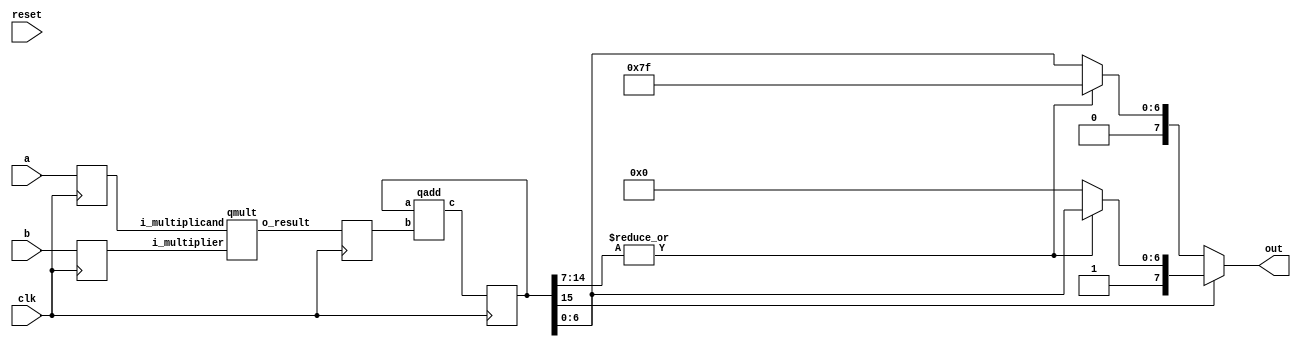
`define DWIDTH 8
`define DESIGN_SIZE 32
`define LOG2_DESIGN_SIZE 5
`define MAT_MUL_SIZE 32
`define MASK_WIDTH 32
`define LOG2_MAT_MUL_SIZE 5
`define AWIDTH 10
`define NUM_CYCLES_IN_MAC 3
`define MEM_ACCESS_LATENCY 1
`define REG_DATAWIDTH 32
`define REG_ADDRWIDTH 8
`define ADDR_STRIDE_WIDTH 16
`define MAX_BITS_POOL 3
`define REG_ENABLES_ADDR 32'h0
`define REG_STDN_TPU_ADDR 32'h4
`define REG_MEAN_ADDR 32'h8
`define REG_INV_VAR_ADDR 32'hA
`define REG_MATRIX_A_ADDR 32'he
`define REG_MATRIX_B_ADDR 32'h12
`define REG_MATRIX_C_ADDR 32'h16
`define REG_ACCUM_ACTIONS_ADDR 32'h24
`define REG_MATRIX_A_STRIDE_ADDR 32'h28
`define REG_MATRIX_B_STRIDE_ADDR 32'h32
`define REG_MATRIX_C_STRIDE_ADDR 32'h36
`define REG_ACTIVATION_CSR_ADDR 32'h3A
`define REG_POOL_WINDOW_ADDR 32'h3E
`define REG_CONV_PARAMS_1_ADDR 32'h40
`define REG_CONV_PARAMS_2_ADDR 32'h44
`define REG_CONV_PARAMS_3_ADDR 32'h48
`define REG_CONV_PARAMS_4_ADDR 32'h4C
`define REG_BATCH_SIZE_ADDR 32'h50
`define REG_VALID_MASK_A_ROWS_ADDR 32'h20
`define REG_VALID_MASK_A_COLS_ADDR 32'h54
`define REG_VALID_MASK_B_ROWS_ADDR 32'h5c
`define REG_VALID_MASK_B_COLS_ADDR 32'h58
//This used to be a normal signal, but changing it to a `define.
`define final_mat_mul_size 32
`define SIMULATION
`define IDLE     2'b00
`define W_ENABLE  2'b01
`define R_ENABLE  2'b10
`define STATE_INIT         4'b0000
`define STATE_MATMUL       4'b0001
`define STATE_NORM         4'b0010
`define STATE_POOL         4'b0011
`define STATE_ACTIVATION   4'b0100
`define STATE_DONE         4'b0101

module seq_mac(a, b, out, reset, clk);
input [`DWIDTH-1:0] a;
input [`DWIDTH-1:0] b;
input reset;
input clk;
output [`DWIDTH-1:0] out;

reg [2*`DWIDTH-1:0] out_temp;
wire [`DWIDTH-1:0] mul_out;
wire [2*`DWIDTH-1:0] add_out;

reg [`DWIDTH-1:0] a_flopped;
reg [`DWIDTH-1:0] b_flopped;

wire [2*`DWIDTH-1:0] mul_out_temp;
reg [2*`DWIDTH-1:0] mul_out_temp_reg;

always @(posedge clk) begin
    a_flopped <= a;
    b_flopped <= b;
end

//assign mul_out = a * b;
qmult mult_u1(.i_multiplicand(a_flopped), .i_multiplier(b_flopped), .o_result(mul_out_temp));

always @(posedge clk) begin
    mul_out_temp_reg <= mul_out_temp;
end

//we just truncate the higher bits of the product
//assign add_out = mul_out + out;
qadd add_u1(.a(out_temp), .b(mul_out_temp_reg), .c(add_out));

always @(posedge clk) begin
    out_temp <= add_out;
end

//down cast the result
assign out = 
    (out_temp[2*`DWIDTH-1] == 0) ?  //positive number
        (
           (|(out_temp[2*`DWIDTH-2 : `DWIDTH-1])) ?  //is any bit from 14:7 is 1, that means overlfow
             {out_temp[2*`DWIDTH-1] , {(`DWIDTH-1){1'b1}}} : //sign bit and then all 1s
             {out_temp[2*`DWIDTH-1] , out_temp[`DWIDTH-2:0]} 
        )
        : //negative number
        (
           (|(out_temp[2*`DWIDTH-2 : `DWIDTH-1])) ?  //is any bit from 14:7 is 0, that means overlfow
             {out_temp[2*`DWIDTH-1] , out_temp[`DWIDTH-2:0]} :
             {out_temp[2*`DWIDTH-1] , {(`DWIDTH-1){1'b0}}} //sign bit and then all 0s
        );

endmodule
module qadd(a,b,c);
input [2*`DWIDTH-1:0] a;
input [2*`DWIDTH-1:0] b;
output [2*`DWIDTH-1:0] c;

assign c = a + b;
//DW01_add #(`DWIDTH) u_add(.A(a), .B(b), .CI(1'b0), .SUM(c), .CO());
endmodule
module qmult(i_multiplicand,i_multiplier,o_result);
input [`DWIDTH-1:0] i_multiplicand;
input [`DWIDTH-1:0] i_multiplier;
output [2*`DWIDTH-1:0] o_result;

assign o_result = i_multiplicand * i_multiplier;
//DW02_mult #(`DWIDTH,`DWIDTH) u_mult(.A(i_multiplicand), .B(i_multiplier), .TC(1'b1), .PRODUCT(o_result));

endmodule